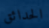
الحدائق